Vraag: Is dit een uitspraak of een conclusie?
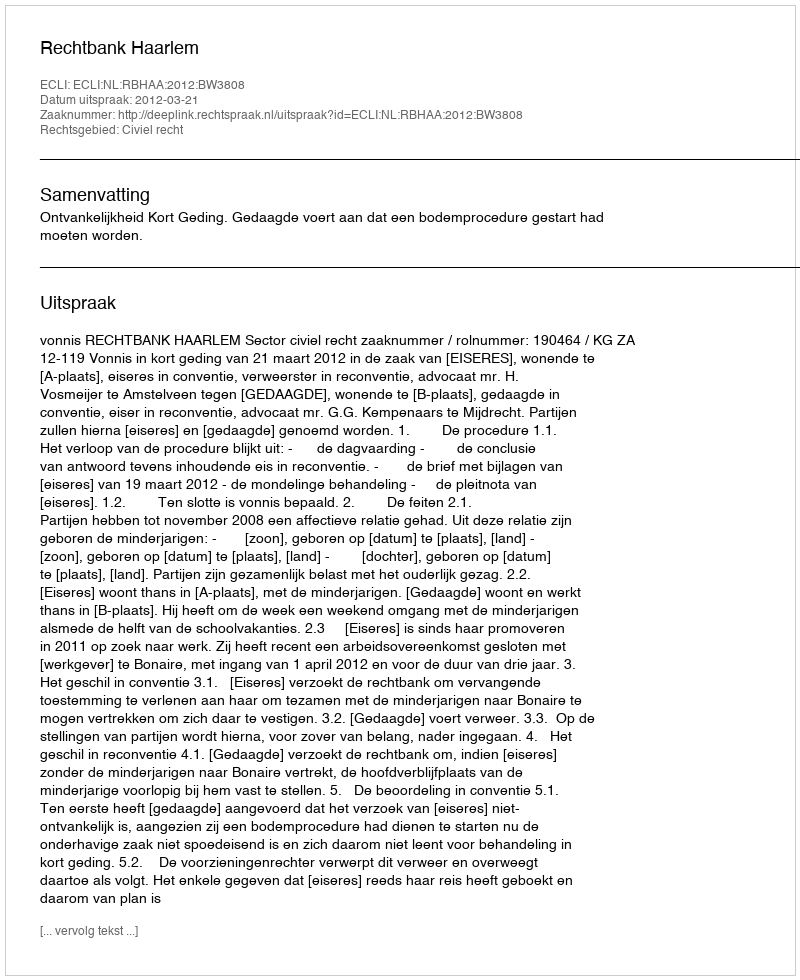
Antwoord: Uitspraak